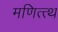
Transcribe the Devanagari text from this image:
मणित्त्थ